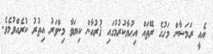
އެއީ ރަމަޟާން މަހުގެ ރޭތައް އިޙުޔާކުރުމުގައި ޤުރުއާން ކިޔަވާ މިންވަރު އިތުރު ކުރެއްވުމެވެ.